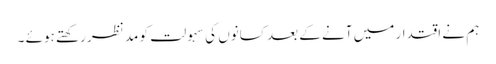
ہم نے اقتدار میں آنے کے بعد کسانوں کی سہولت کو مد نظر رکھتے ہوئے ۔